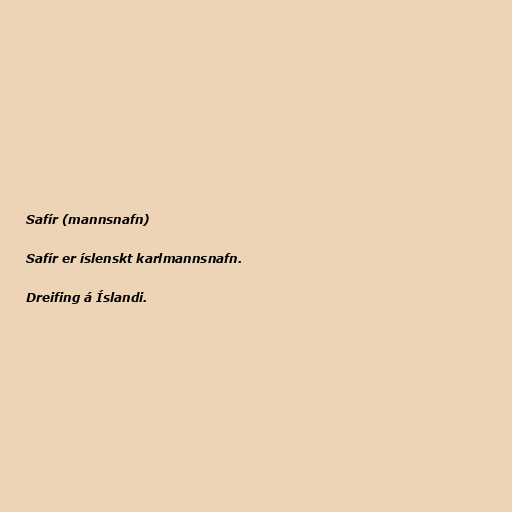
Safír (mannsnafn)

Safír er íslenskt karlmannsnafn.

Dreifing á Íslandi.